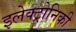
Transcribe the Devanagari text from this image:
इलेक्ट्रोनिकी